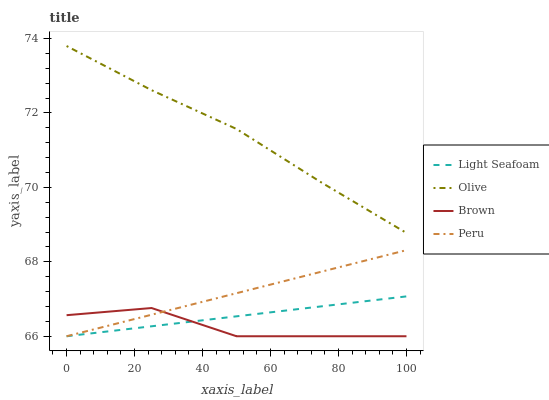
| xaxis_label | Light Seafoam | Olive | Brown | Peru |
 | --- | --- | --- | --- | --- |
 | 0 | 66 | 73.8 | 66.6 | 66 |
 | 25 | 66.3 | 72.6 | 66.8 | 66.6 |
 | 50 | 66.5 | 71.6 | 66 | 67.2 |
 | 75 | 66.8 | 70.1 | 66 | 67.7 |
 | 100 | 67.1 | 68.8 | 66 | 68.3 |